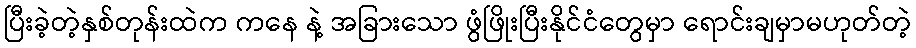
ပြီးခဲ့တဲ့နှစ်တုန်းထဲက ကနေ နဲ့ အခြားသော ဖွံဖြိုးပြီးနိုင်ငံတွေမှာ ရောင်းချမှာမဟုတ်တဲ့